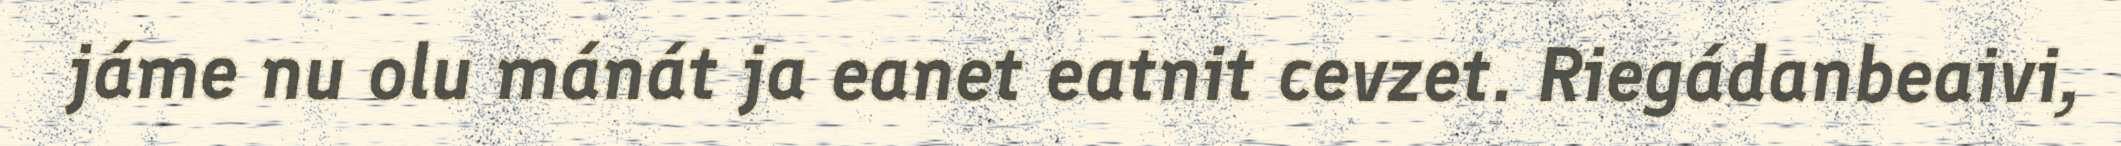
jáme nu olu mánát ja eanet eatnit cevzet. Riegádanbeaivi,